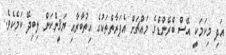
އަދި މިކަމަކީ އޭސް ބްރޭންޑްގެ މައްޗަށް އެފަރާތްތަކުގެ އިތުބާރާއި ޔަޤީންކަން ލިބިދޭ ކަމެކެވެ.